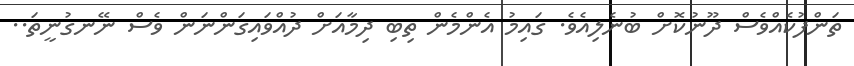
ތަންފުކެއްވެސް ދޫނުކޮށް ބުނެލިއެވެ. ގައިމު އެންމެން ތިބި ދިމާއަށް ދުއްވައިގަންނަން ވެސް ނޭނގުނީތަ..